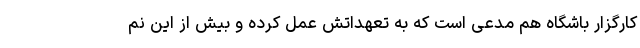
کارگزار باشگاه هم مدعی است که به تعهداتش عمل کرده و بیش از این نم